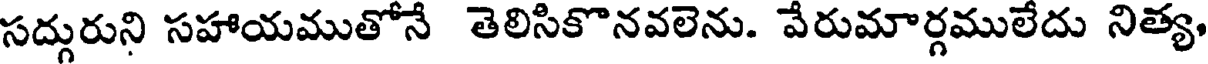
సద్గురుని సహాయముతోనే తెలిసికొనవలెను. వేరుమార్గములేదు నిత్య